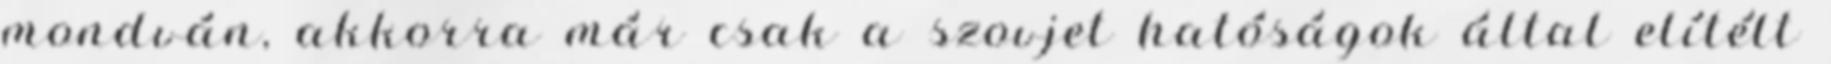
mondván, akkorra már csak a szovjet hatóságok által elítélt